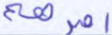
أمرهم